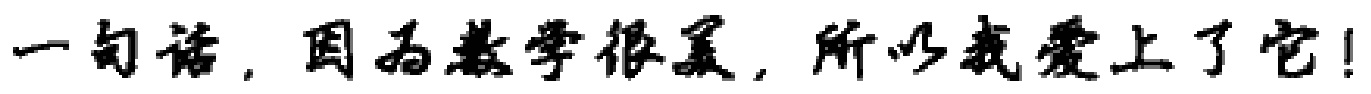
一句话，因为数学很美，所以我爱上了它！